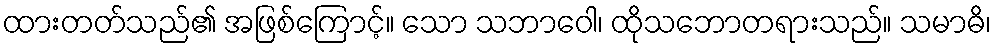
ထားတတ်သည်၏ အဖြစ်ကြောင့်။ သော သဘာဝေါ၊ ထိုသဘောတရားသည်။ သမာဓိ၊